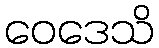
ဝေဒေသိ